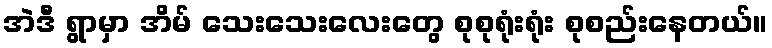
အဲဒီ ရွာမှာ အိမ် သေးသေးလေးတွေ စုစုရုံးရုံး စုစည်းနေတယ်။